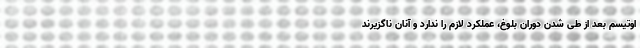
اوتیسم بعد از طی شدن دوران بلوغ، عملکرد لازم را ندارد و آنان ناگزیرند